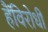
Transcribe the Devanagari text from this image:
हैंविरोधी